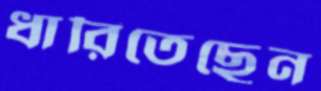
ধারিতেছেন